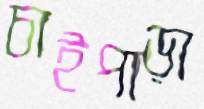
চাইপাড়া